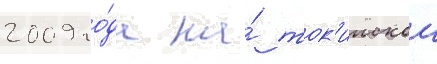
2009 го́да на́ ток'иискои